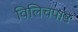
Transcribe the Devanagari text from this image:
विलिचपाड